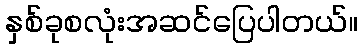
နှစ်ခုစလုံးအဆင်ပြေပါတယ်။